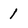
Character: 1